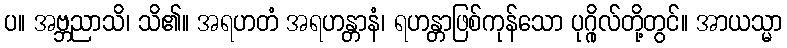
ပ။ အဗ္ဘညာသိ၊ သိ၏။ အရဟတံ အရဟန္တာနံ၊ ရဟန္တာဖြစ်ကုန်သော ပုဂ္ဂိုလ်တို့တွင်။ အာယသ္မာ